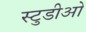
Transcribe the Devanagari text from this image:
स्टुडीओ